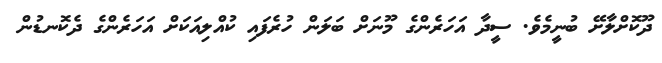
ދޫކޮށްލާށޭ ބުނީމެވެ. ސީދާ އަހަރެންގެ މޫނަށް ބަލަން ހުރެފައި ކުއްލިއަކަށް އަހަރެންގެ ދެކޮނޑުން